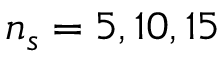
n _ { s } = 5 , 1 0 , 1 5